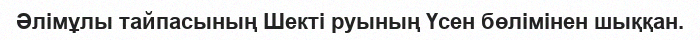
Әлімұлы тайпасының Шекті руының Үсен бөлімінен шыққан.